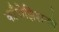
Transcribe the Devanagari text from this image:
काँपोझिशनने